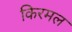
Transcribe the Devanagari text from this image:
किरमल